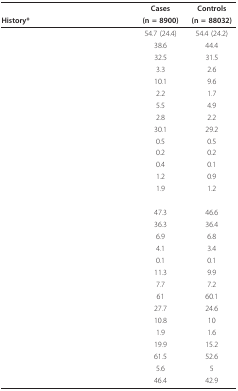
<table><thead><tr><td>[EMPTY_CELL]</td><td><b>Cases</b></td><td><b>Controls</b></td></tr><tr><td><b>History*</b></td><td><b>(n = 8900)</b></td><td><b>(n = 88032)</b></td></tr></thead><tbody><tr><td>[EMPTY_CELL]</td><td>54.7 (24.4)</td><td>54.4 (24.2)</td></tr><tr><td>[EMPTY_CELL]</td><td>38.6</td><td>44.4</td></tr><tr><td>[EMPTY_CELL]</td><td>32.5</td><td>31.5</td></tr><tr><td>[EMPTY_CELL]</td><td>3.3</td><td>2.6</td></tr><tr><td>[EMPTY_CELL]</td><td>10.1</td><td>9.6</td></tr><tr><td>[EMPTY_CELL]</td><td>2.2</td><td>1.7</td></tr><tr><td>[EMPTY_CELL]</td><td>5.5</td><td>4.9</td></tr><tr><td>[EMPTY_CELL]</td><td>2.8</td><td>2.2</td></tr><tr><td>[EMPTY_CELL]</td><td>30.1</td><td>29.2</td></tr><tr><td>[EMPTY_CELL]</td><td>0.5</td><td>0.5</td></tr><tr><td>[EMPTY_CELL]</td><td>0.2</td><td>0.2</td></tr><tr><td>[EMPTY_CELL]</td><td>0.4</td><td>0.1</td></tr><tr><td>[EMPTY_CELL]</td><td>1.2</td><td>0.9</td></tr><tr><td>[EMPTY_CELL]</td><td>1.9</td><td>1.2</td></tr><tr><td>[EMPTY_CELL]</td><td>[EMPTY_CELL]</td><td>[EMPTY_CELL]</td></tr><tr><td>[EMPTY_CELL]</td><td>47.3</td><td>46.6</td></tr><tr><td>[EMPTY_CELL]</td><td>36.3</td><td>36.4</td></tr><tr><td>[EMPTY_CELL]</td><td>6.9</td><td>6.8</td></tr><tr><td>[EMPTY_CELL]</td><td>4.1</td><td>3.4</td></tr><tr><td>[EMPTY_CELL]</td><td>0.1</td><td>0.1</td></tr><tr><td>[EMPTY_CELL]</td><td>11.3</td><td>9.9</td></tr><tr><td>[EMPTY_CELL]</td><td>7.7</td><td>7.2</td></tr><tr><td>[EMPTY_CELL]</td><td>61</td><td>60.1</td></tr><tr><td>[EMPTY_CELL]</td><td>27.7</td><td>24.6</td></tr><tr><td>[EMPTY_CELL]</td><td>10.8</td><td>10</td></tr><tr><td>[EMPTY_CELL]</td><td>1.9</td><td>1.6</td></tr><tr><td>[EMPTY_CELL]</td><td>19.9</td><td>15.2</td></tr><tr><td>[EMPTY_CELL]</td><td>61.5</td><td>52.6</td></tr><tr><td>[EMPTY_CELL]</td><td>5.6</td><td>5</td></tr><tr><td>[EMPTY_CELL]</td><td>46.4</td><td>42.9</td></tr></tbody></table>